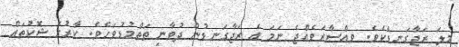
މިލަ ރަޖާގަނޑެކެވެ. ވިއްސާރަވެއްޖެ ނަމަ އެ ރަޖާގަނޑުން ދުވާނީ ތަތްމުޑުވަހެވެ. ކާރުގެ ޝޮކުތައް